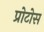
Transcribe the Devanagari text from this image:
प्रोटोस